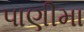
પાણીમા